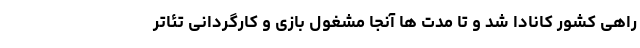
راهی کشور کانادا شد و تا مدت ها آنجا مشغول بازی و کارگردانی تئاتر